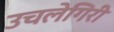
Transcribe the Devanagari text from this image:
उचलेगिरी